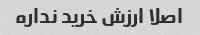
اصلا ارزش خرید نداره